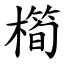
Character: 橁